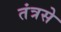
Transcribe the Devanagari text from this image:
तंत्रसे